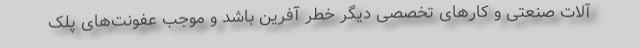
آلات صنعتی و کار‌های تخصصی دیگر خطر آفرین باشد و موجب عفونت‌های پلک